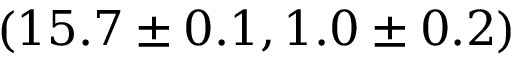
( 1 5 . 7 \pm 0 . 1 , 1 . 0 \pm 0 . 2 )